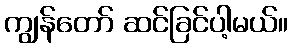
ကျွန်တော် ဆင်ခြင်ပါ့မယ်။